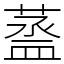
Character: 䕄